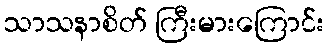
သာသနာစိတ် ကြီးမားကြောင်း